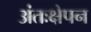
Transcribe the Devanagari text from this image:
अंतःक्षेपन